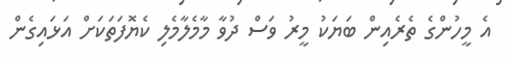
އެ މީހުންގެ ތެރެއިން ބަޔަކު މީރު ވަސް ދުވާ މާމެލާމެލި ކެޔޮފަތަކަށް އަޅައިގެން